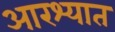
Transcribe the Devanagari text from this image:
आरश्यात